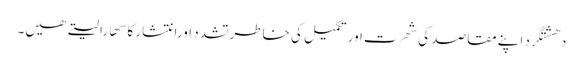
دھشتگرد اپنے مقاصد کی شھرت اور تکمیل کی خاطرتشدد اورانتشار کا سھارا لیتے ھیں۔